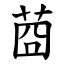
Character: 莔